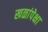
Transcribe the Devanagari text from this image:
खळांपेक्षा